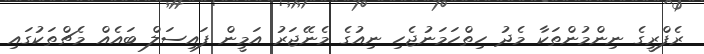
ރެފްރީގެ ނިންމުންތަކާ މެދު ހިތްހަމަނުޖެހި ނިއުގެ މެނޭޖަރު އަމީން ފައިސަލް ބައެއް މެޗްތަކުގައި